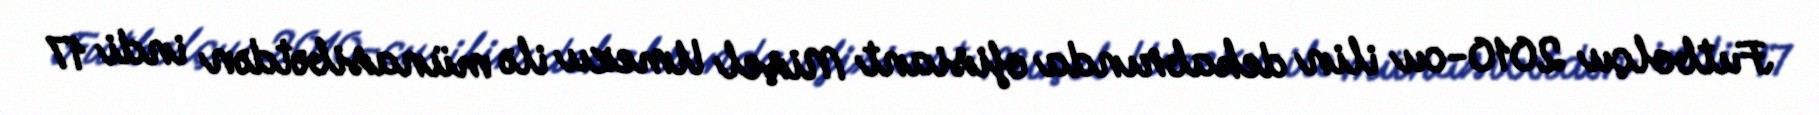
Futbolçu 2010-cu ilin dekabrında ofisiant Mişel Umezu ilə münasibətdən indi 17